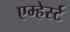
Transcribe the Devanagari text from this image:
एम्हेर्स्ट